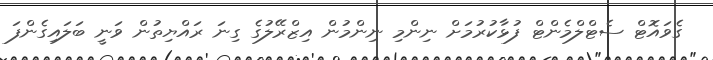
ގެވައޮޓް ސެޓްލްމެންޓް ފުޅާކުރުމަށް ނިންމި ނިންމުން އިޒްރޭލުގެ ގިނަ ރައްޔިތުން ވަނީ ބަލައިގެންފަ